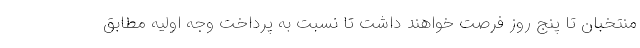
منتخبان تا پنج روز فرصت خواهند داشت تا نسبت به پرداخت وجه اولیه مطابق